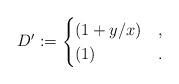
LaTeX: \begin{align*}D' := \begin{cases}(1 + y/x) & , \\(1) & .\end{cases}\end{align*}